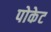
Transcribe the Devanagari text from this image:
पोकेट